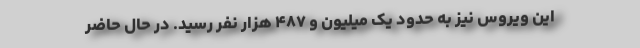
این ویروس نیز به حدود یک میلیون و ۴۸۷ هزار نفر رسید. در حال حاضر